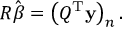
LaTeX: R { \hat { \boldsymbol { \beta } } } = \left( Q ^ { \mathrm { { T } } } \mathbf { y } \right) _ { n } .